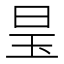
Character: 𪰑